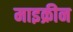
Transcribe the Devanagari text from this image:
माइक्रीन